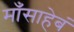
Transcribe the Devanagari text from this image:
माँसाहेबं